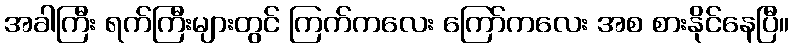
အခါကြီး ရက်ကြီးများတွင် ကြက်ကလေး ကြော်ကလေး အစ စားနိုင်နေပြီ။